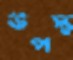
উপস্থ